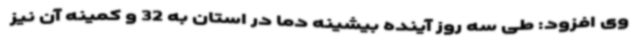
وی افزود: طی سه روز آینده بیشینه دما در استان به 32 و کمینه آن نیز